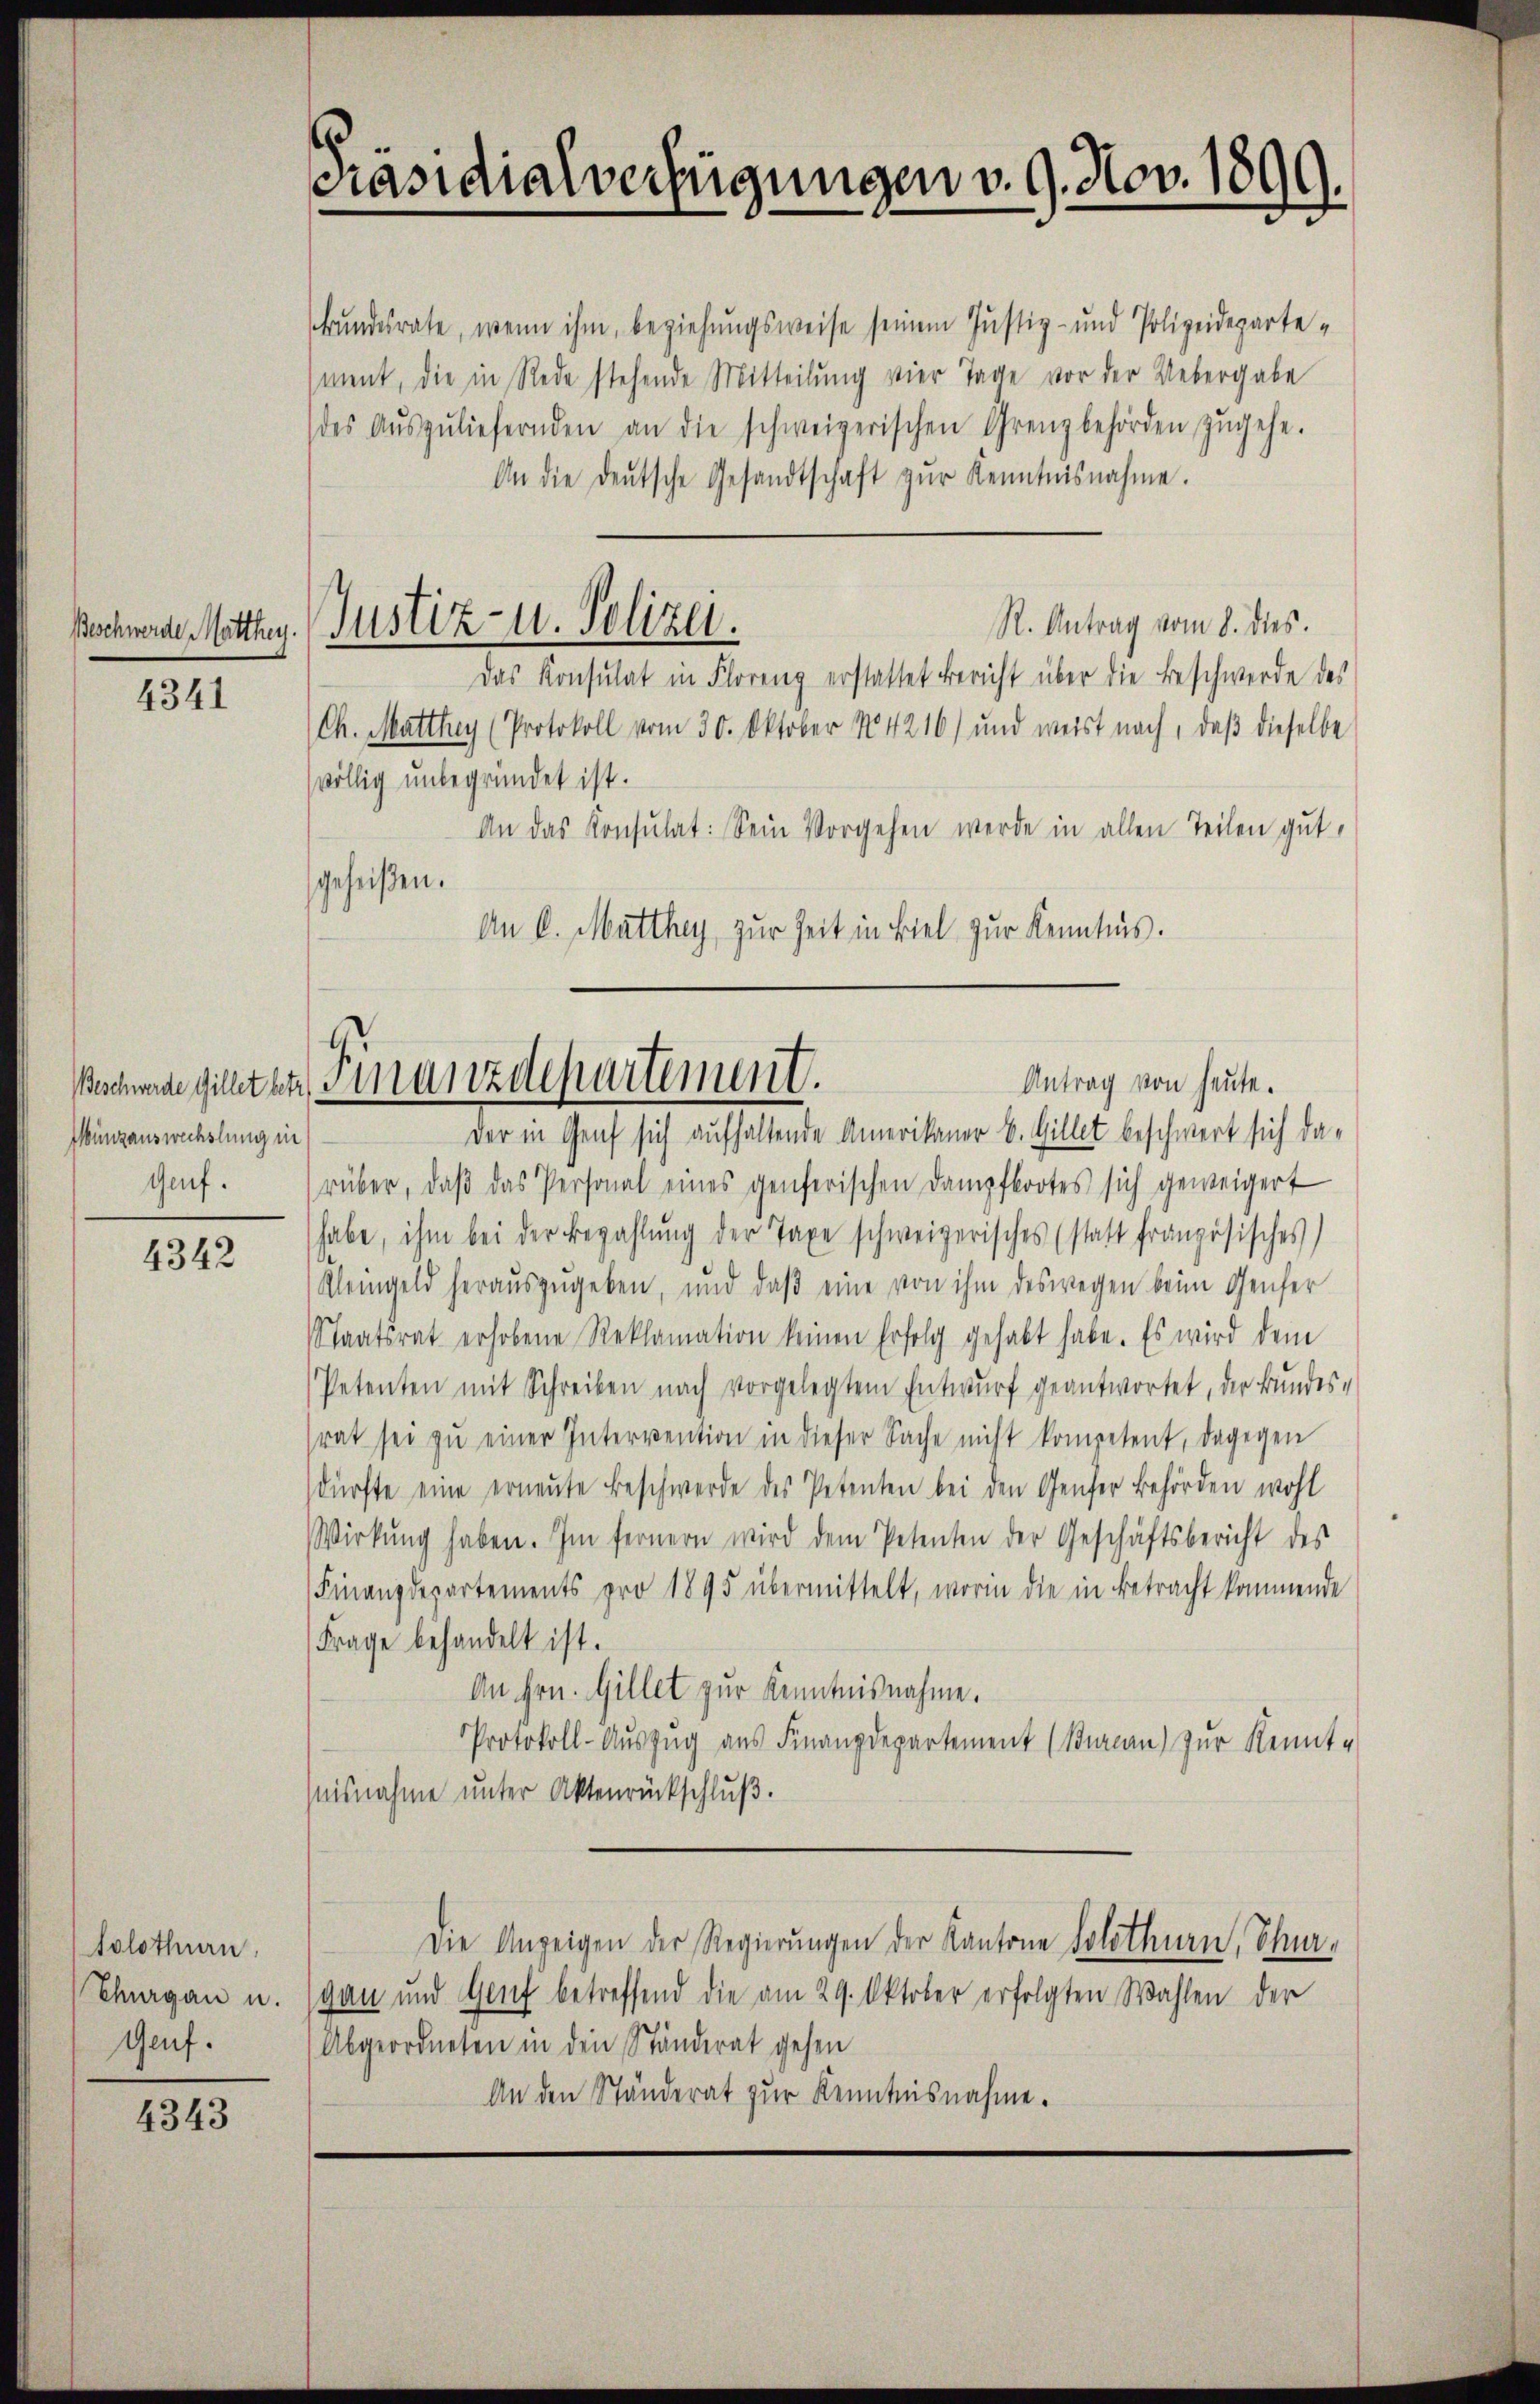
4341

Beschwerde Gillet betr.
Münzauswechslung in
Gef.

4342

Solothurn.
Thurgau u.
Genf.

4343

bundesrate, wenn ihm, beziehungsweise seinem Justiz- und Polizeidepartement, die in Rede stehende Mitteilung vier Tage vor der Uebergabe
(des Aŭszŭliefernden an die schweizerischen Grenzbehörden zŭgehe.
An die deŭtsche Gesandtschaft zŭr Kenntnisnahme.
R. Antrag vom 8. dies.
Das Konsulat in Floreng erstattet Bericht über die Beschwerde des
Ch. Matthey (Protokoll vom 30. Oktober N4216) und weist nach, daβ dieselbe
völlig unbegründet ist.
An das Konsŭlat: Sein Vorgehen werde in allen Teilen gut,
geheißen.
An k. Matthey zur Zeit in Biel zur Kenntnis.

Präsidialverfügungen v. 9. Nov. 1899.

Bachwerde Matthag. Justiz- u. Polizei.

Finanzdepartement.
Antrag von heute.
der in Genf sich aufhaltende Amerikaner B. Gillet beschwert sich da¬

rüber, daβ das Personal eines genferischen Dampfbootes sich geweigert
habe, ihm bei der Bezahlŭng der Taxe schweizerisches (statt französisches)
Kleingeld heraŭszŭgeben, und daβ eine von ihm deswegen beim Genfer
Staatsrat erhobene Reklamation keinen Erfolg gehabt habe. Es wird dem
Petenten mit Schreiben nach vorgelegtem Entwŭrf geantwortet, der Bundes-
rat sei zŭ einer Intervention in dieser Sache nicht kompetent, dagegen
dürfte eine erneute Beschwerde des Petenten bei den Genfer Behörden wohl
Wirkung haben. Im fernern wird dem Petenten der Geschäftsbericht des
Finanzdepartements pro 1895 übermittelt, worin die in Betracht kommende
Frage behandelt ist.
An Hrn. Gillet zur Kenntnisnahme.
Protokoll-Aŭszŭg aŭs Finanzdepartement (Bureau zur Kennt-
isnahme unter Aktenrückschluß.
Die Anzeigen der Regierungen der Kantone Solothurn, Chur-
gan und Genf betreffend die am 29. Oktober erfolgten Wahlen der
Abgeordneten in den Ständerat gehen
An den Ständerat zur Kenntnisnahme.